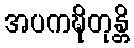
အပကဍ္ဎိတုန္တိ